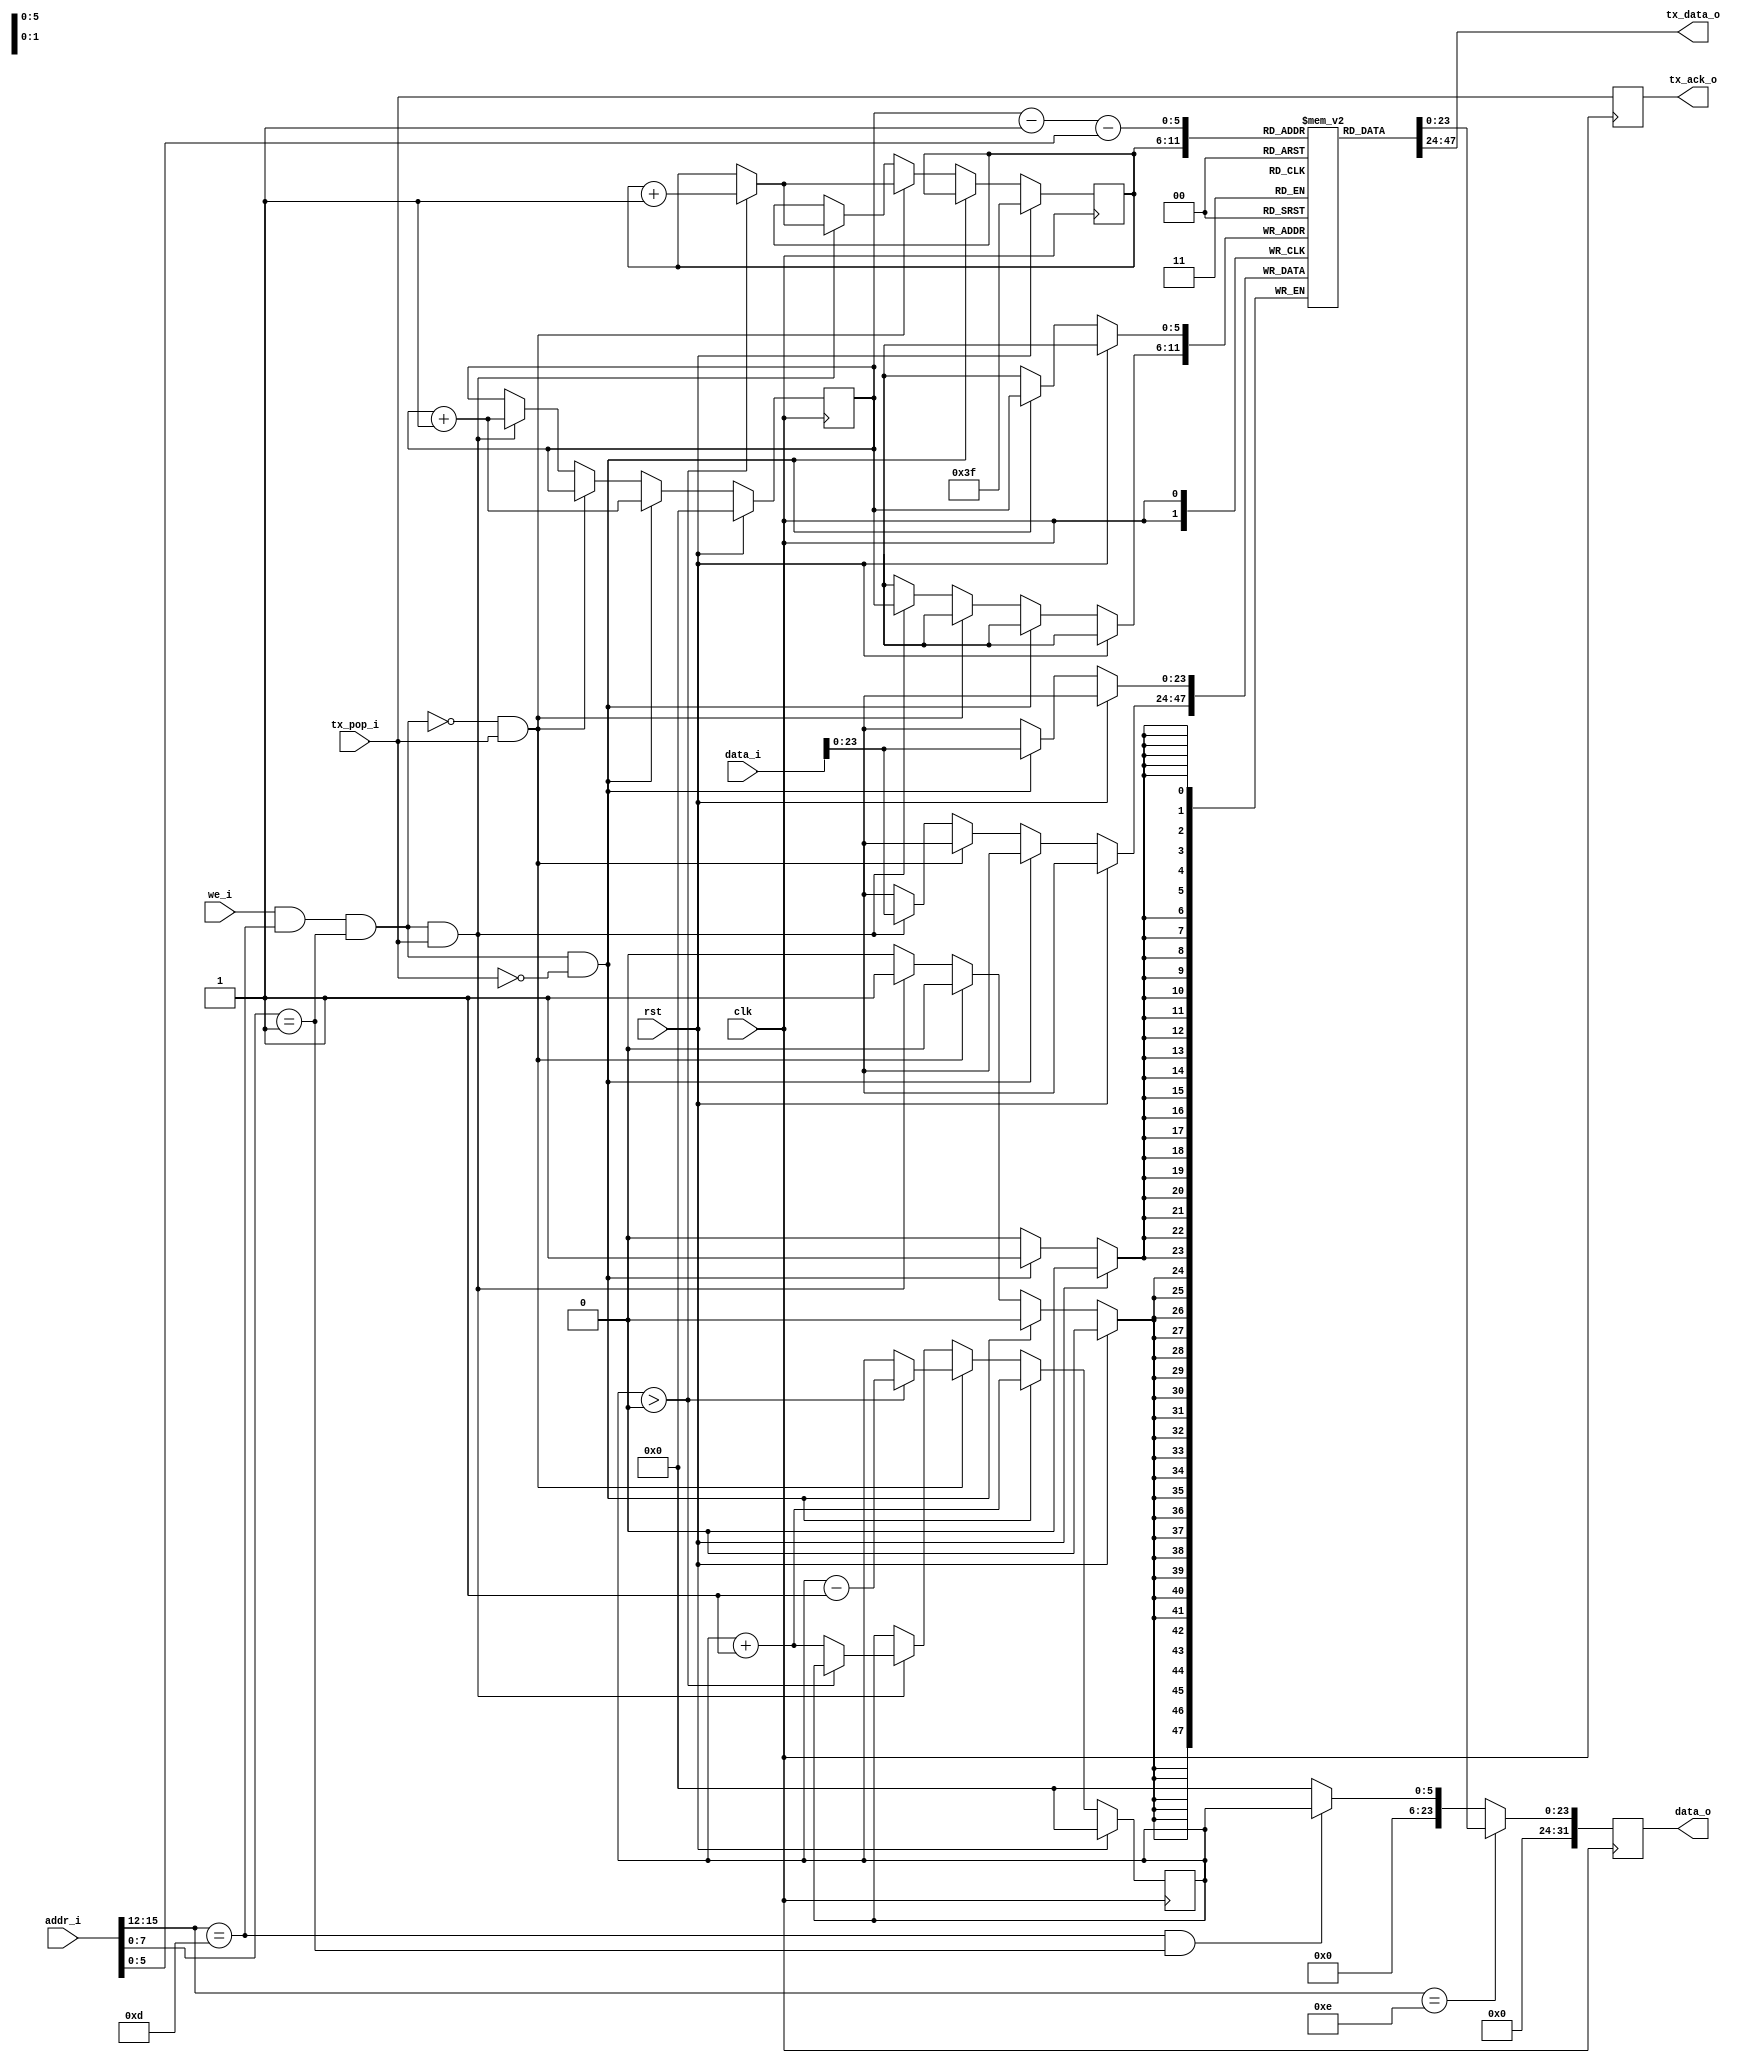
module nkmd_dai_tx(
    input wire clk,
    input wire rst,
    output wire [23:0] tx_data_o,
    input wire tx_pop_i,
    output wire tx_ack_o,
    input wire [31:0] data_i,
    output wire [31:0] data_o,
    input wire [31:0] addr_i,
    input wire we_i);
reg [5:0] queued_ff;
reg [5:0] lastr_ff;
reg [5:0] nextw_ff;
reg [23:0] ringbuf [63:0];
assign tx_data_o = ringbuf[lastr_ff];
wire should_queue;
assign should_queue = we_i && addr_i[15:12] == 4'hd && addr_i[7:0] == 8'h01;
always @(posedge clk) begin
    if (rst) begin
        queued_ff <= 0;
        lastr_ff <= 6'h3f;
        nextw_ff <= 0;
    end else if (should_queue && !tx_pop_i) begin
        ringbuf[nextw_ff] <= data_i;
        queued_ff <= queued_ff + 1;
        nextw_ff <= nextw_ff + 1;
    end else if (!should_queue && tx_pop_i) begin
        if (queued_ff > 0) begin
            queued_ff <= queued_ff - 1;
            lastr_ff <= lastr_ff + 1;
        end
    end else if (should_queue && tx_pop_i) begin
        ringbuf[nextw_ff] <= data_i;
        if (queued_ff > 0) begin
            lastr_ff <= lastr_ff + 1;
        end else begin
            queued_ff <= queued_ff + 1;
        end
        nextw_ff <= nextw_ff + 1;
    end
end
reg tx_ack_ff;
always @(posedge clk)
    tx_ack_ff <= tx_pop_i;
assign tx_ack_o = tx_ack_ff;
reg [31:0] data_o_ff;
assign data_o = data_o_ff;
wire [5:0] offset_i;
assign offset_i = addr_i[5:0];
always @(posedge clk) begin
    if (addr_i[15:12] == 4'he)
        data_o_ff <= ringbuf[nextw_ff - 1 - offset_i];
    else if (addr_i[15:12] == 4'hd && addr_i[7:0] == 8'h01)
        data_o_ff <= queued_ff;
    else
        data_o_ff <= 0;
end
endmodule